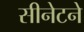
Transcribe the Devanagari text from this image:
सीनेटने